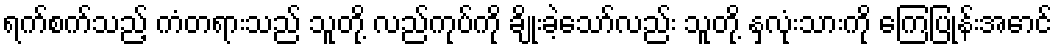
ရက်စက်သည့် ကံတရားသည် သူတို့ လည်ကုပ်ကို ချိုးခဲ့သော်လည်း သူတို့ နှလုံးသားကို ကြေပြုန်းအောင်